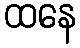
ထနေ